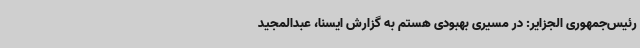
رئیس‌جمهوری الجزایر: در مسیری بهبودی هستم به گزارش ایسنا، عبدالمجید